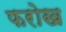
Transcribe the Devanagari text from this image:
फरोख